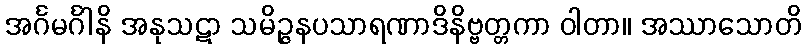
အင်္ဂမင်္ဂါနိ အနုသဋာ သမိဉ္ဇနပသာရဏာဒိနိဗ္ဗတ္တကာ ဝါတာ။ အဿာသောတိ